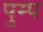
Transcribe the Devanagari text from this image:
पुम्प